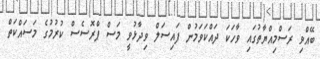
ބޭއްވި ރަސްމިއްޔާތުގައި ވާހަކަ ދައްކަވަމުން ފައިސަލް ވިދާޅުވީ މަސް ޕްރޮސެސް ކުރުމުގެ މަސައްކަތް